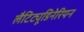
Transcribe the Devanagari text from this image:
लैटिट्यूडिनेरियन